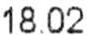
18.02